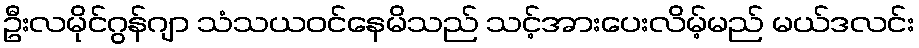
ဦးလမိုင်ဂွန်ဂျာ သံသယဝင်နေမိသည် သင့်အားပေးလိမ့်မည် မယ်ဒလင်း